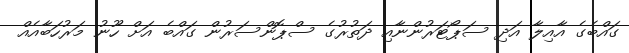
ގައްބެގެ އާއިލާ އަދި ސަޕޯޓަރުންނާއި ދަތުރުގެ ސްޕޮންސަރުން ގައްބެ އަށް ހޫނު މަރުހަބާއެއް